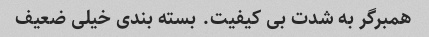
همبرگر به شدت بی کیفیت. بسته بندی خیلی ضعیف